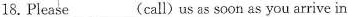
18.Please______( call )us as soon as you arrive in